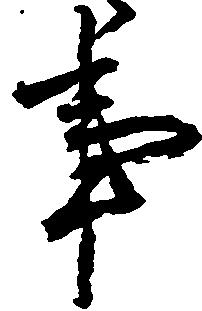
事